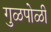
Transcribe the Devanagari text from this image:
गुळपोळी